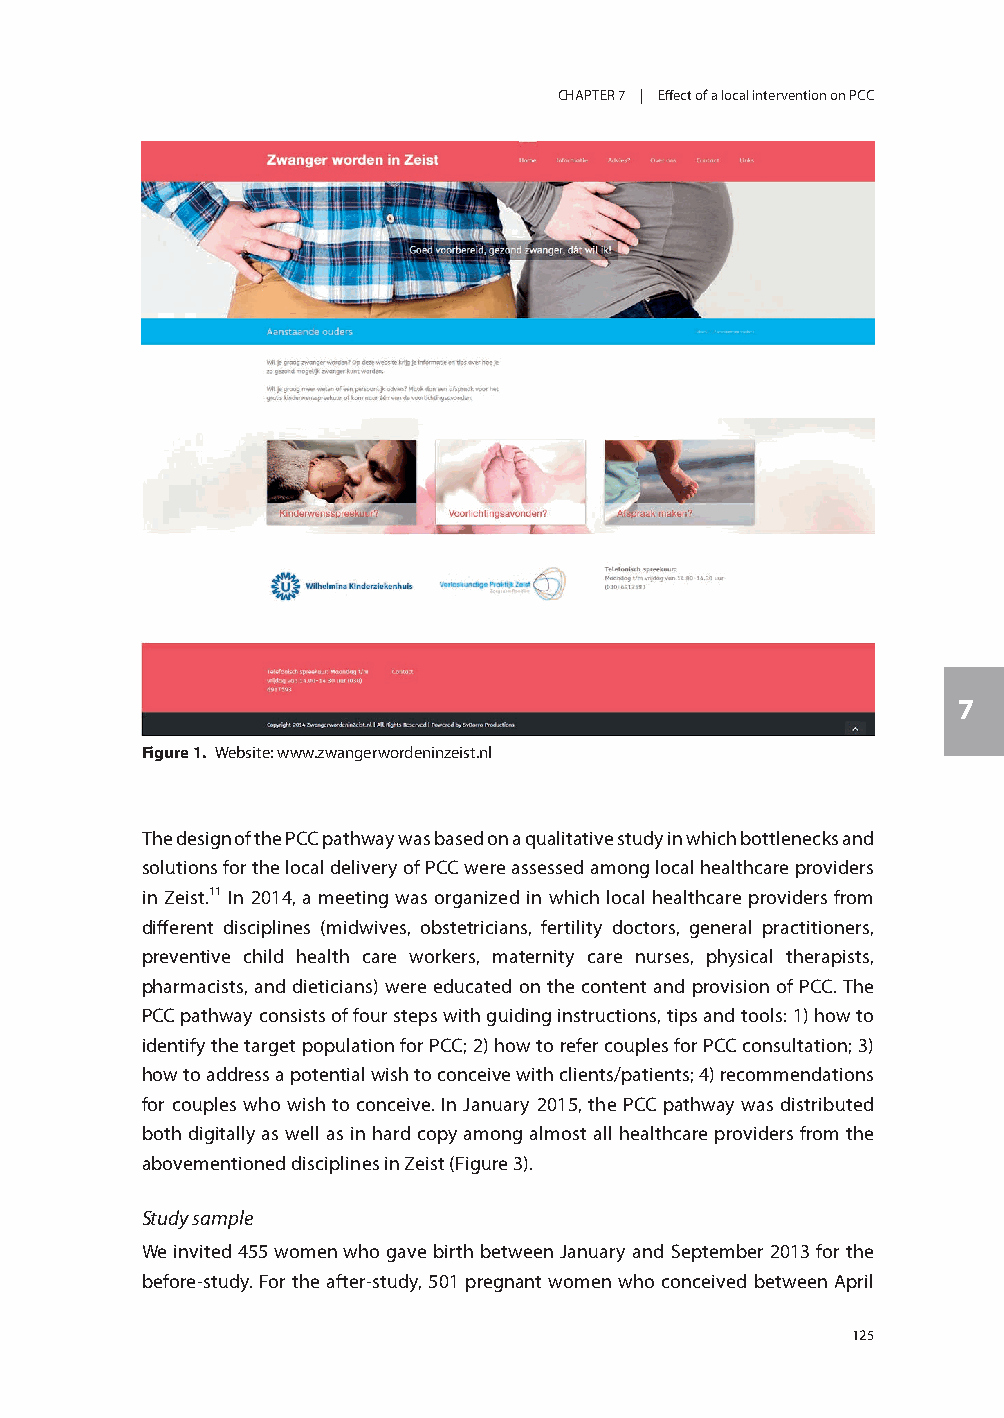
CHAPTER 7 | Eff ect of a local intervention on PCC
 7
 Figure 1. Website: www.zwangerwordeninzeist.nl
 The design of the PCC pathway was based on a qualitative study in which bottlenecks and
 solutions for the local delivery of PCC were assessed among local healthcare providers
 in Zeist.11 In 2014, a meeting was organized in which local healthcare providers from
 diff erent disciplines (midwives, obstetricians, fertility doctors, general practitioners,
 preventive child health care workers, maternity care nurses, physical therapists,
 pharmacists, and dieticians) were educated on the content and provision of PCC. The
 PCC pathway consists of four steps with guiding instructions, tips and tools: 1) how to
 identify the target population for PCC; 2) how to refer couples for PCC consultation; 3)
 how to address a potential wish to conceive with clients/patients; 4) recommendations
 for couples who wish to conceive. In January 2015, the PCC pathway was distributed
 both digitally as well as in hard copy among almost all healthcare providers from the
 abovementioned disciplines in Zeist (Figure 3).
 Study sample
 We invited 455 women who gave birth between January and September 2013 for the
 before-study. For the after-study, 501 pregnant women who conceived between April
 125